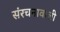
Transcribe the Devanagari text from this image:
संरचनावाली